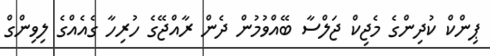
ޕިންކް ކުދިންގެ މެޖިކް ޖަލްސާ ބޭއްވުމުން ދެން ރާއްޖޭގެ ހުރިހާ ގެއެއްގެ ލިވިންގް